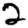
Digit: 2